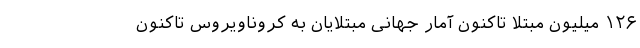
۱۲۶ میلیون مبتلا تاکنون آمار جهانیِ مبتلایان به کروناویروس تاکنون